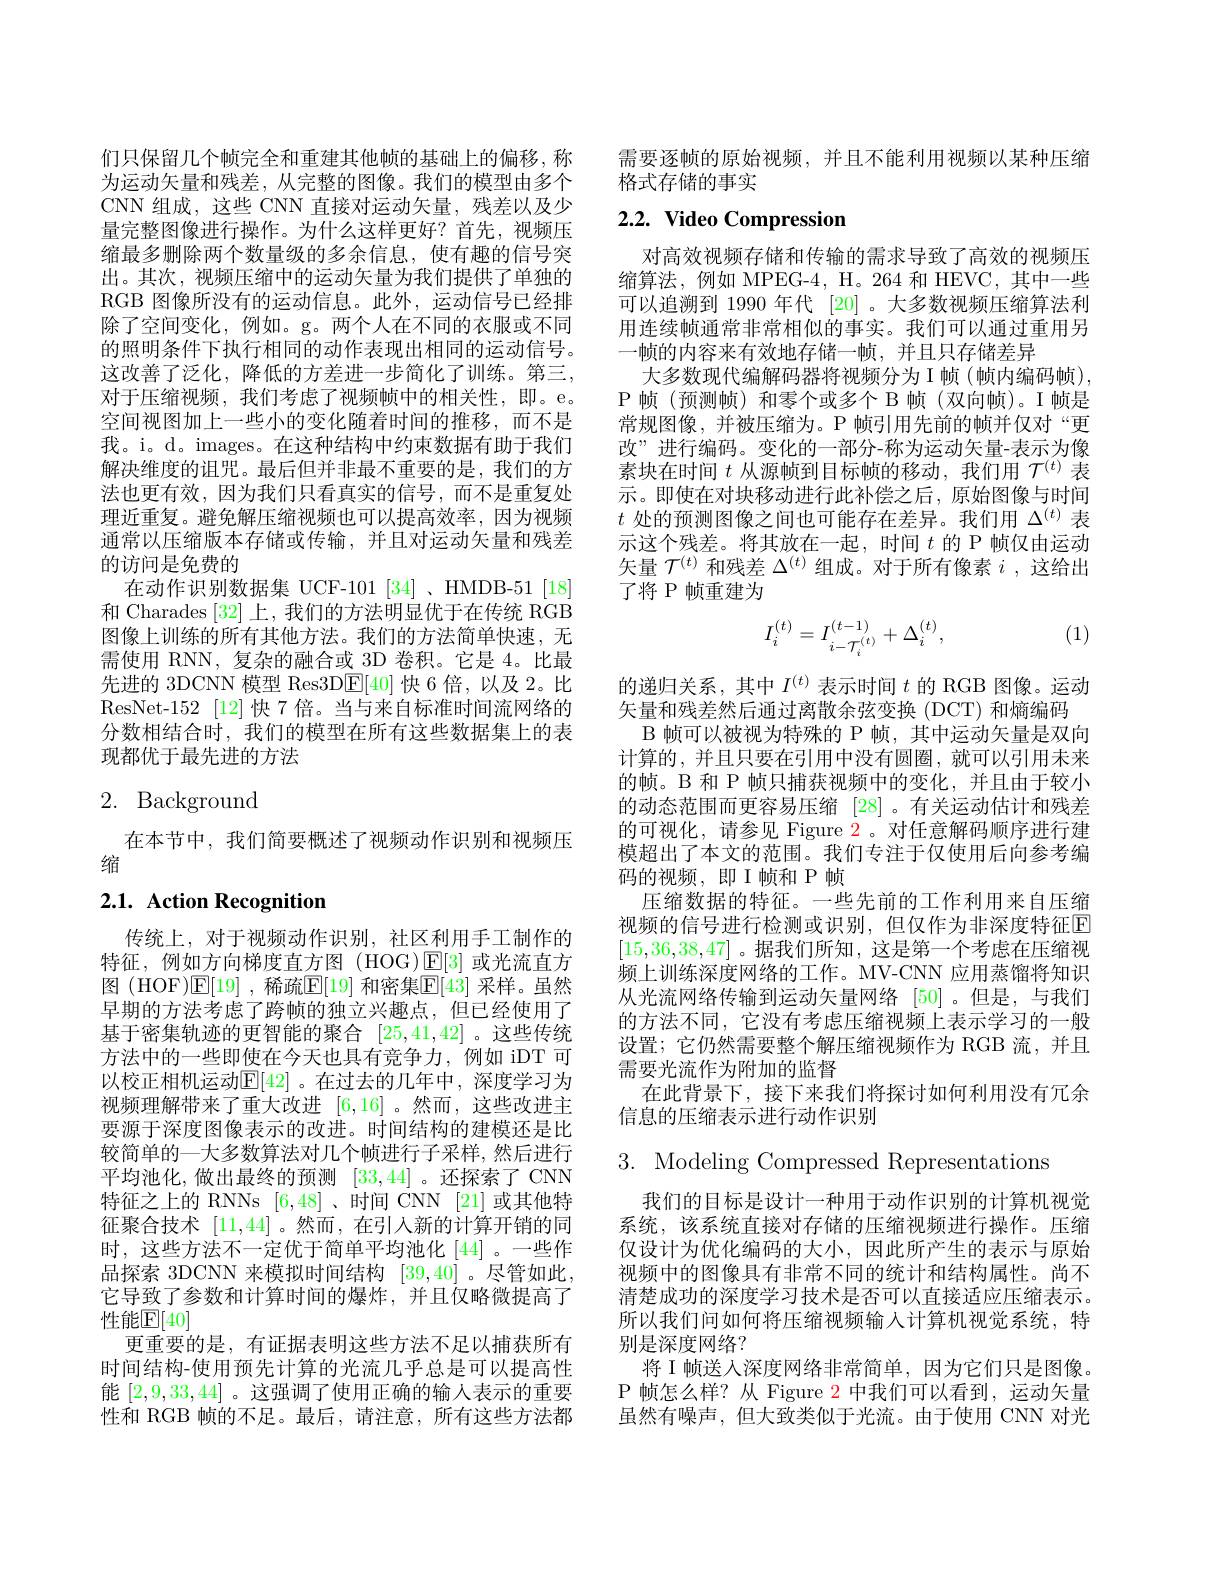
们只保留几个帧完全和重建其他帧的基础上的偏移，称为运动矢量和残差，从完整的图像。我们的模型由多个CNN 组成，这些 CNN 直接对运动矢量，残差以及少量完整图像进行操作。为什么这样更好？首先，视频压缩最多删除两个数量级的多余信息，使有趣的信号突出。其次，视频压缩中的运动矢量为我们提供了单独的RGB 图像所没有的运动信息。此外，运动信号已经排除了空间变化，例如。g。两个人在不同的衣服或不同的照明条件下执行相同的动作表现出相同的运动信号。这改善了泛化，降低的方差进一步简化了训练。第三， 对于压缩视频，我们考虑了视频帧中的相关性，即。e。空间视图加上一些小的变化随着时间的推移，而不是我。i。d。images。在这种结构中约束数据有助于我们解决维度的诅咒。最后但并非最不重要的是，我们的方法也更有效，因为我们只看真实的信号，而不是重复处理近重复。避免解压缩视频也可以提高效率，因为视频通常以压缩版本存储或传输，并且对运动矢量和残差的访问是免费的
在动作识别数据集 UCF-101[34]、HMDB-51[18] 和 Charades [32]上，我们的方法明显优于在传统 RGB 图像上训练的所有其他方法。我们的方法简单快速，无需使用 RNN, 复杂的融合或 3D 卷积。它是 4。比最先进的 3DCNN 模型 Res3DE[40]快 6 倍，以及 2。比ResNet-152 [12] 快 7 倍。当与来自标准时间流网络的分数相结合时，我们的模型在所有这些数据集上的表现都优于最先进的方法

# 2. Background

在本节中，我们简要概述了视频动作识别和视频压
缩

## 2.1. Action Recognition

传统上，对于视频动作识别，社区利用手工制作的特征，例如方向梯度直方图(HOG)$\operatorname{E}[3]$或光流直方图 (HOF)$\mathbb{E}[19]$ ,稀疏$\mathbb{E}[19]$ 和密集$\mathbb{E}[43]$ 采样。虽然早期的方法考虑了跨帧的独立兴趣点，但已经使用了基于密集轨迹的更智能的聚合[25,41,42] 。这些传统方法中的一些即使在今天也具有竞争力，例如 iDT 可以校正相机运动$\mathbb{E}[42]$ 。在过去的几年中，深度学习为视频理解带来了重大改进[6,16] 。然而，这些改进主要源于深度图像表示的改进。时间结构的建模还是比较简单的一大多数算法对几个帧进行子采样，然后进行平均池化，做出最终的预测[33,44] 。还探索了 CNN 特征之上的 RNNs [6,48] 、时间 CNN [21] 或其他特征聚合技术[11,44] 。然而 ,在引入新的计算开销的同时，这些方法不一定优于简单平均池化[44]。一些作品探索 3DCNN 来模拟时间结构[39,40] 。尽管如此它导致了参数和计算时间的爆炸，并且仅略微提高了性能$\mathbb{E}[40]$
更重要的是，有证据表明这些方法不足以捕获所有时间结构-使用预先计算的光流几乎总是可以提高性能[2,9,33,44] 。这强调了使用正确的输人表示的重要性和 RGB 帧的不足。最后，请注意，所有这些方法都

需要逐帧的原始视频，并且不能利用视频以某种压缩
格式存储的事实

# 2.2. Video Compression

对高效视频存储和传输的需求导致了高效的视频压缩算法，例如 MPEG-4, H。264 和 HEVC,其中一些可以追溯到 1990 年代[20] 。大多数视频压缩算法利用连续帧通常非常相似的事实。我们可以通过重用另一帧的内容来有效地存储一帧，并且只存储差异
大多数现代编解码器将视频分为 I 帧(帧内编码帧), P 帧(预测帧)和零个或多个 B 帧(双向帧)。I 帧是常规图像，并被压缩为。P 帧引用先前的帧并仅对“更改”进行编码。变化的一部分-称为运动矢量-表示为像素块在时间$t$从源帧到目标帧的移动，我们用$\mathcal{T}^(t)$表示。即使在对块移动进行此补偿之后，原始图像与时间$t$处的预测图像之间也可能存在差异。我们用$\Delta^(t)$表示这个残差。将其放在一起，时间$t$的 P 帧仅由运动矢量$\mathcal{T}^{(t)}$和残差$\Delta^(t)$组成。对于所有像素$i$,这给出了将 P 帧重建为

(1)
$$I_i^{(t)}=I_{i-\mathcal{T}_i^{(t)}}^{(t-1)}+\Delta_i^{(t)},$$
的递归关系，其中$I^{(t)}$表示时间$t$的 RGB 图像。运动
矢量和残差然后通过离散余弦变换 (DCT) 和熵编码
B 帧可以被视为特殊的 P 帧，其中运动矢量是双向计算的，并且只要在引用中没有圆圈，就可以引用未来的帧。B 和 P 帧只捕获视频中的变化，并且由于较小的动态范围而更容易压缩 [28]。有关运动估计和残差的可视化，请参见 Figure $\color{red}{2}$。对任意解码顺序进行建模超出了本文的范围。我们专注于仅使用后向参考编码的视频，即I帧和P帧
压缩数据的特征。一些先前的工作利用来自压缩视频的信号进行检测或识别，但仅作为非深度特征E [15,36,38,47]。据我们所知，这是第一个考虑在压缩视频上训练深度网络的工作。MV-CNN 应用蒸馏将知识从光流网络传输到运动矢量网络 [50]。但是，与我们的方法不同，它没有考虑压缩视频上表示学习的一般设置；它仍然需要整个解压缩视频作为 RGB 流，并且需要光流作为附加的监督
在此背景下，接下来我们将探讨如何利用没有冗余
信息的压缩表示进行动作识别

3. Modeling Compressed Representations

我们的目标是设计一种用于动作识别的计算机视觉系统，该系统直接对存储的压缩视频进行操作。压缩仅设计为优化编码的大小，因此所产生的表示与原始视频中的图像具有非常不同的统计和结构属性。尚不清楚成功的深度学习技术是否可以直接适应压缩表示。所以我们问如何将压缩视频输入计算机视觉系统，特别是深度网络？
将 I 帧送人深度网络非常简单，因为它们只是图像。P 帧怎么样？从 Figure 2 中我们可以看到，运动矢量虽然有噪声，但大致类似于光流。由于使用 CNN 对光